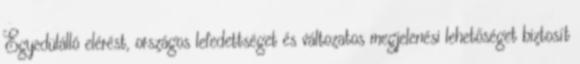
Egyedülálló elérést, országos lefedettséget és változatos megjelenési lehetőséget biztosít